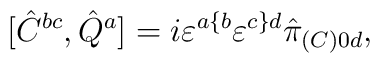
[\hat {C}^{bc},\hat {Q}^a]=i\varepsilon^{a\{b}\varepsilon^{c\}d} \hat{\pi}_{(C)0d},